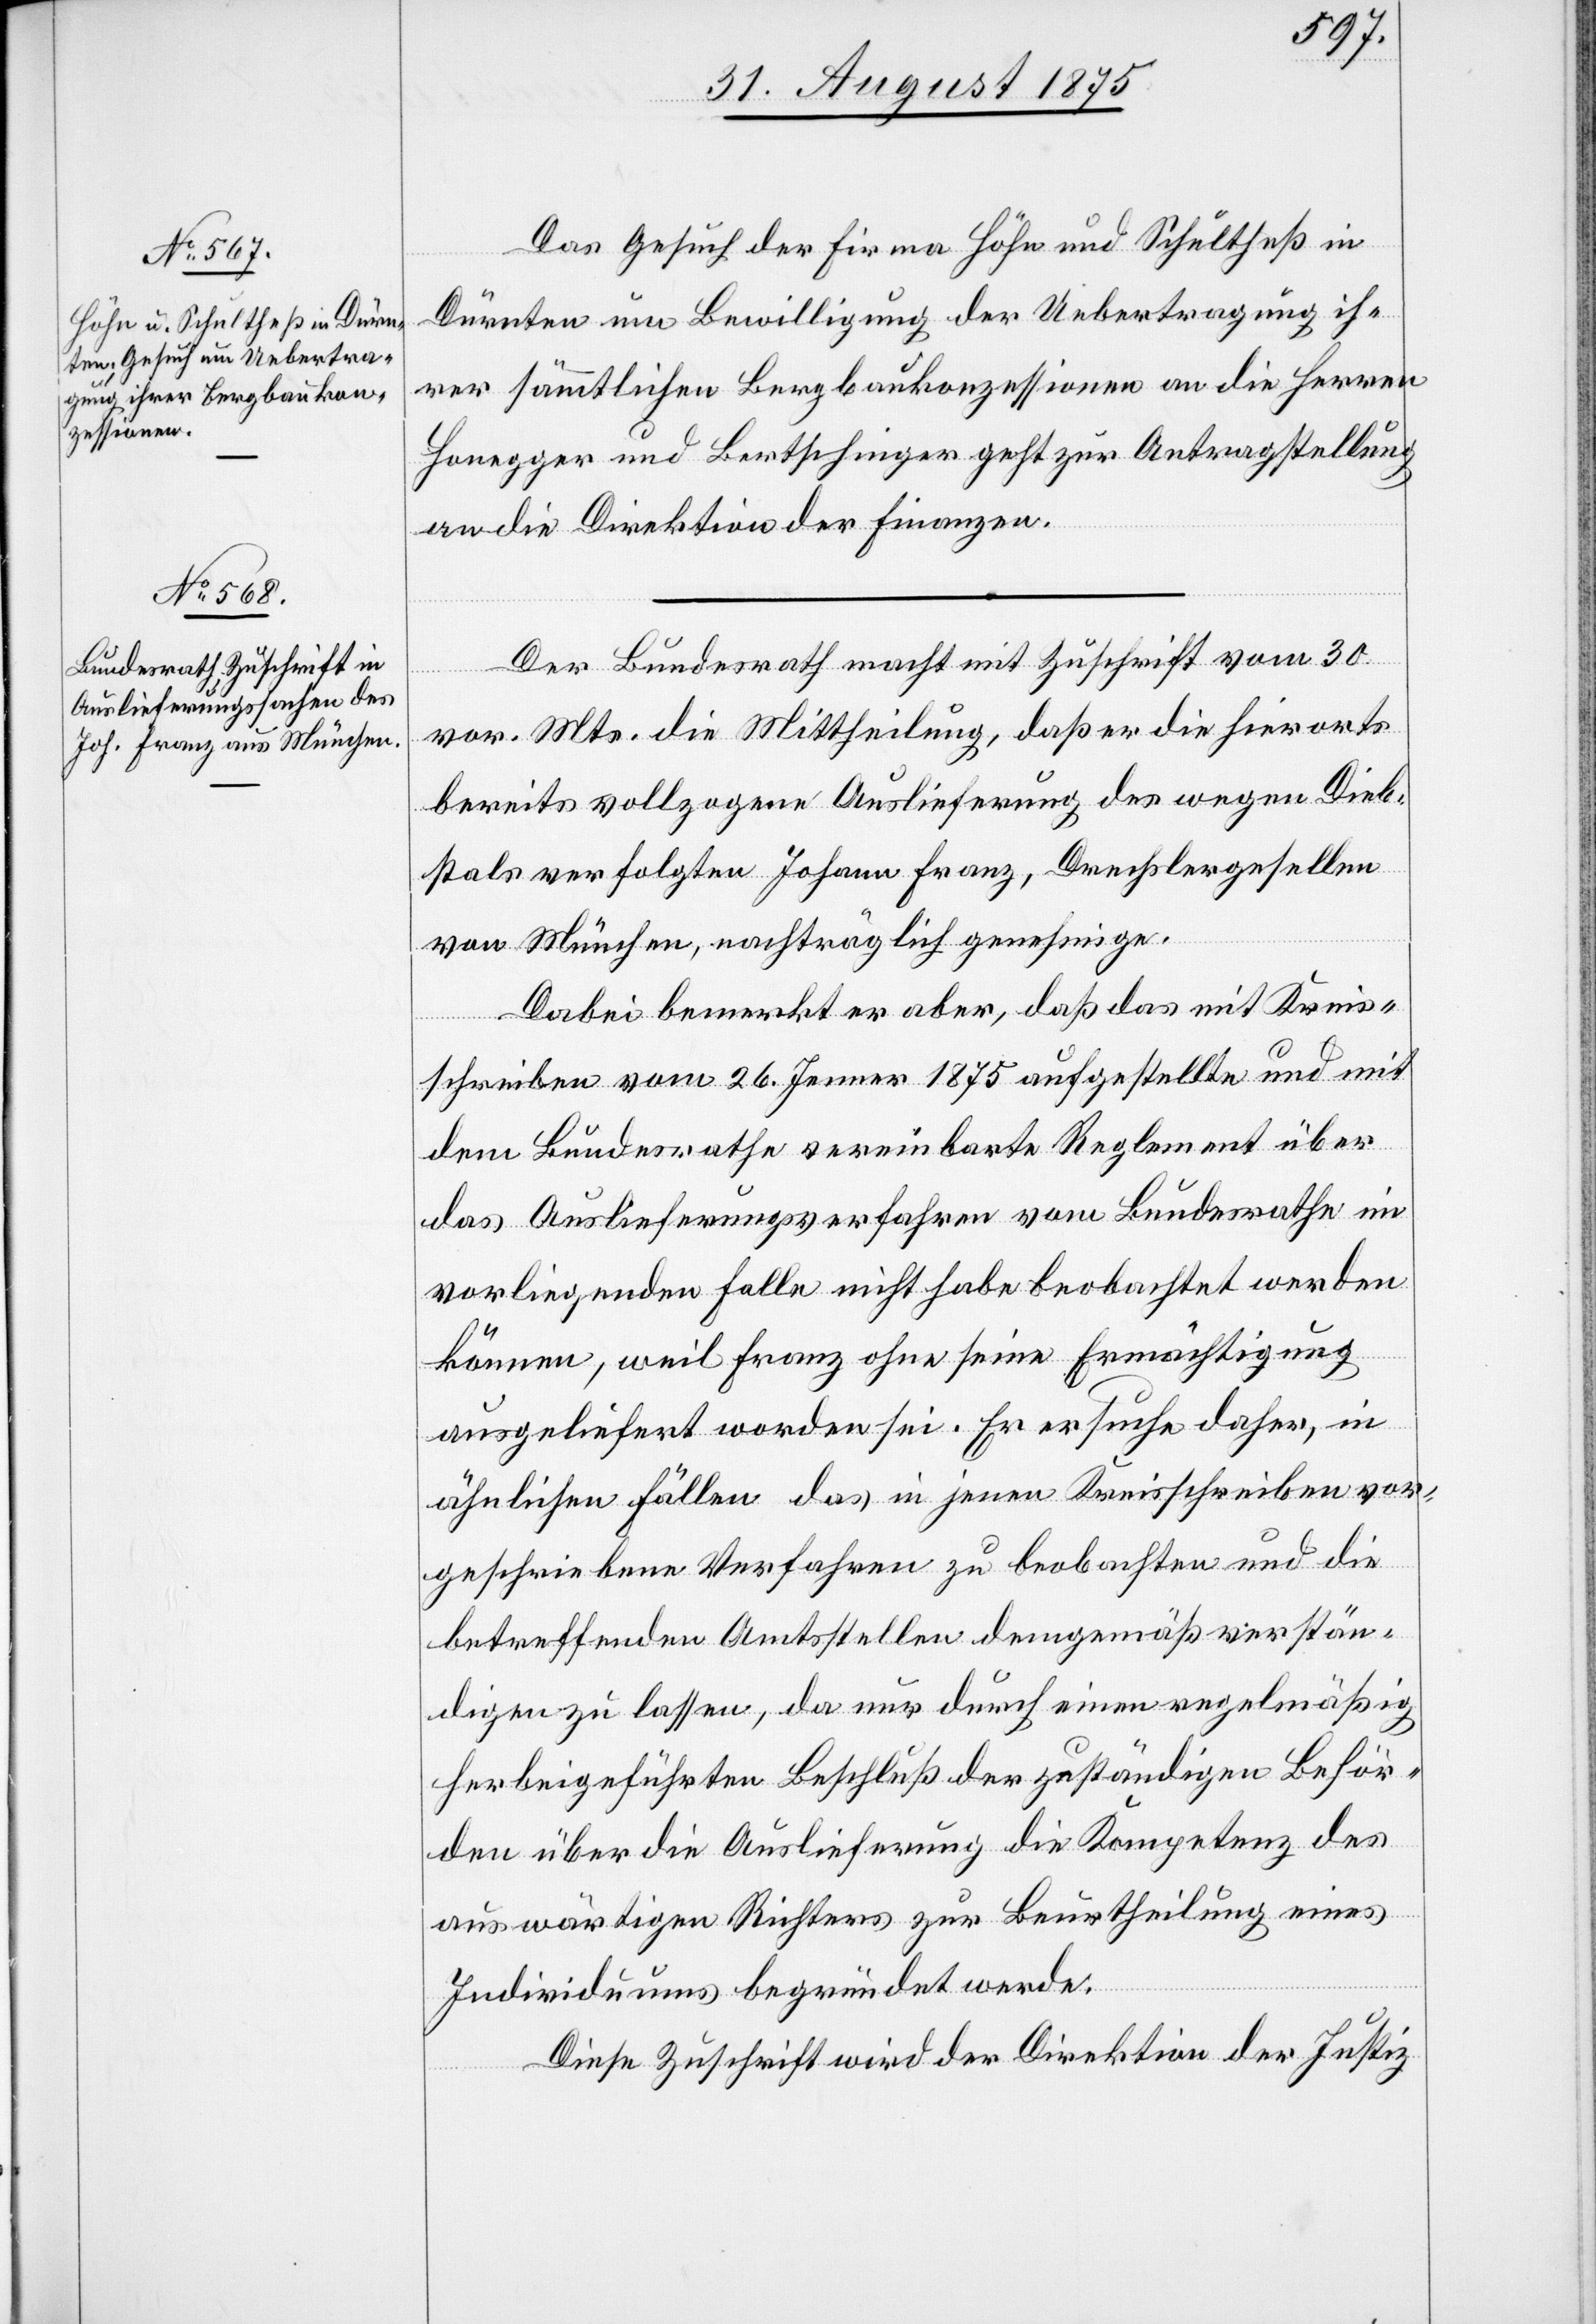
Das Gesuch der Firma Höhn und Schultheß in
Dürnten um Bewilligung der Uebertragung ih¬
rer sämmtlichen Bergbaukonzessionen an die Herren
Honegger und Bertschinger geht zur Antragstellung
an die Direktion der Finanzen.
Der Bundesrath macht mit Zuschrift vom 30.
2.
vor. Mts. die Mittheilung, daß er die hierorts
bereits vollzogene Auslieferung des wegen Dieb¬
stals verfolgten Johann Franz, Drechslergesellen
von München, nachträglich genehmige.
Dabei bemerkt er aber, daß das mit Kreis¬
schreiben vom 26. Jenner 1875 aufgestellte und mit
dem Bundesrathe vereinbarte Reglement über
das Auslieferungsverfahren vom Bundesrathe im
vorliegenden Falle nicht habe beobachtet werden
können, weil Franz ohne seine Ermächtigung
ausgeliefert worden sei. Es ersuche daher, in
ähnlichen Fällen das in jenem Kreisschreiben vor¬
geschriebene Verfahren zu beobachten und die
betreffenden Amtsstellen demgemäß verstän¬
digen zu lassen, da nur durch einen regelmäßig
herbeigeführten Beschluß der zuständigen Behör¬
den über die Auslieferung die Kompetenz des
auswärtigen Richters zur Beurtheilung eines
Individuums begründet werde.
Diese Zuschrift wird der Direktion der Justiz